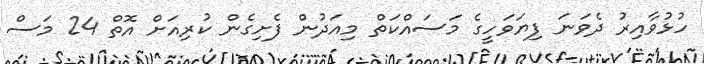
ހުޅުވާއިރު ދެވަނަ ފިޔަވަހީގެ މަސައްކަތް މިއަދުން ފެށިގެން ކުރިއަށް އޮތް 24 މަސް